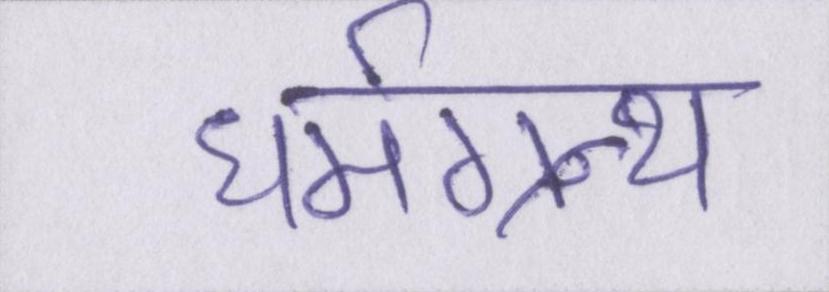
धर्मग्रन्थ